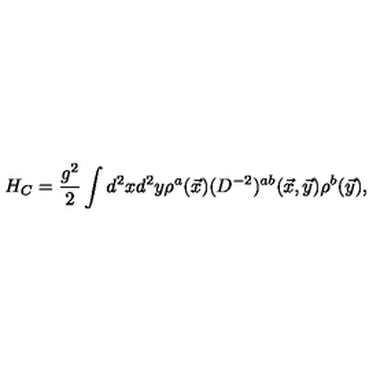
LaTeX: H _ { C } = \frac { g ^ { 2 } } { 2 } \int d ^ { 2 } x d ^ { 2 } y \rho ^ { a } ( \vec { x } ) ( D ^ { - 2 } ) ^ { a b } ( \vec { x } , \vec { y } ) \rho ^ { b } ( \vec { y } ) ,